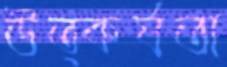
উত্কর্ষতা